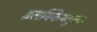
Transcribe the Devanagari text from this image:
इलक्कियतुक्क